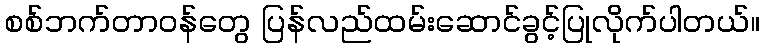
စစ်ဘက်တာဝန်တွေ ပြန်လည်ထမ်းဆောင်ခွင့်ပြုလိုက်ပါတယ်။